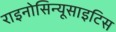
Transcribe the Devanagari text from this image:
राइनोसिन्यूसाइटिस